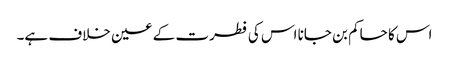
اس کا حاکم بن جانا اس کی فطرت کے عین خلاف ہے۔